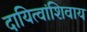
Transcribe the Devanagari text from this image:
दायित्वांशिवाय